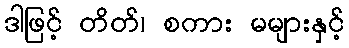
ဒါဖြင့် တိတ်၊ စကား မများနှင့်